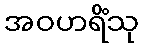
အဝဟရိံသု